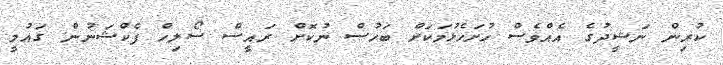
ކުރިން ނަޝީދުގެ އެއްވެސް ހުށަހެޅުމަކަށް ބަހުސް ނުކޮށް ރައީސް ސޯލިހް ފެކްޝަނުން ގައުމީ